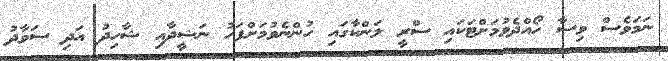
ނަމަވެސް ވިސާ ހޯއްދެވުމަށްޓަކައި ސްރީ ލަންކާގައި ހުންނެވުމަށްފަހު ނަޝީދާއި ޝާހިދު އަދި ސަވާދު